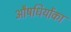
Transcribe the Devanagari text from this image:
औषधियोंका